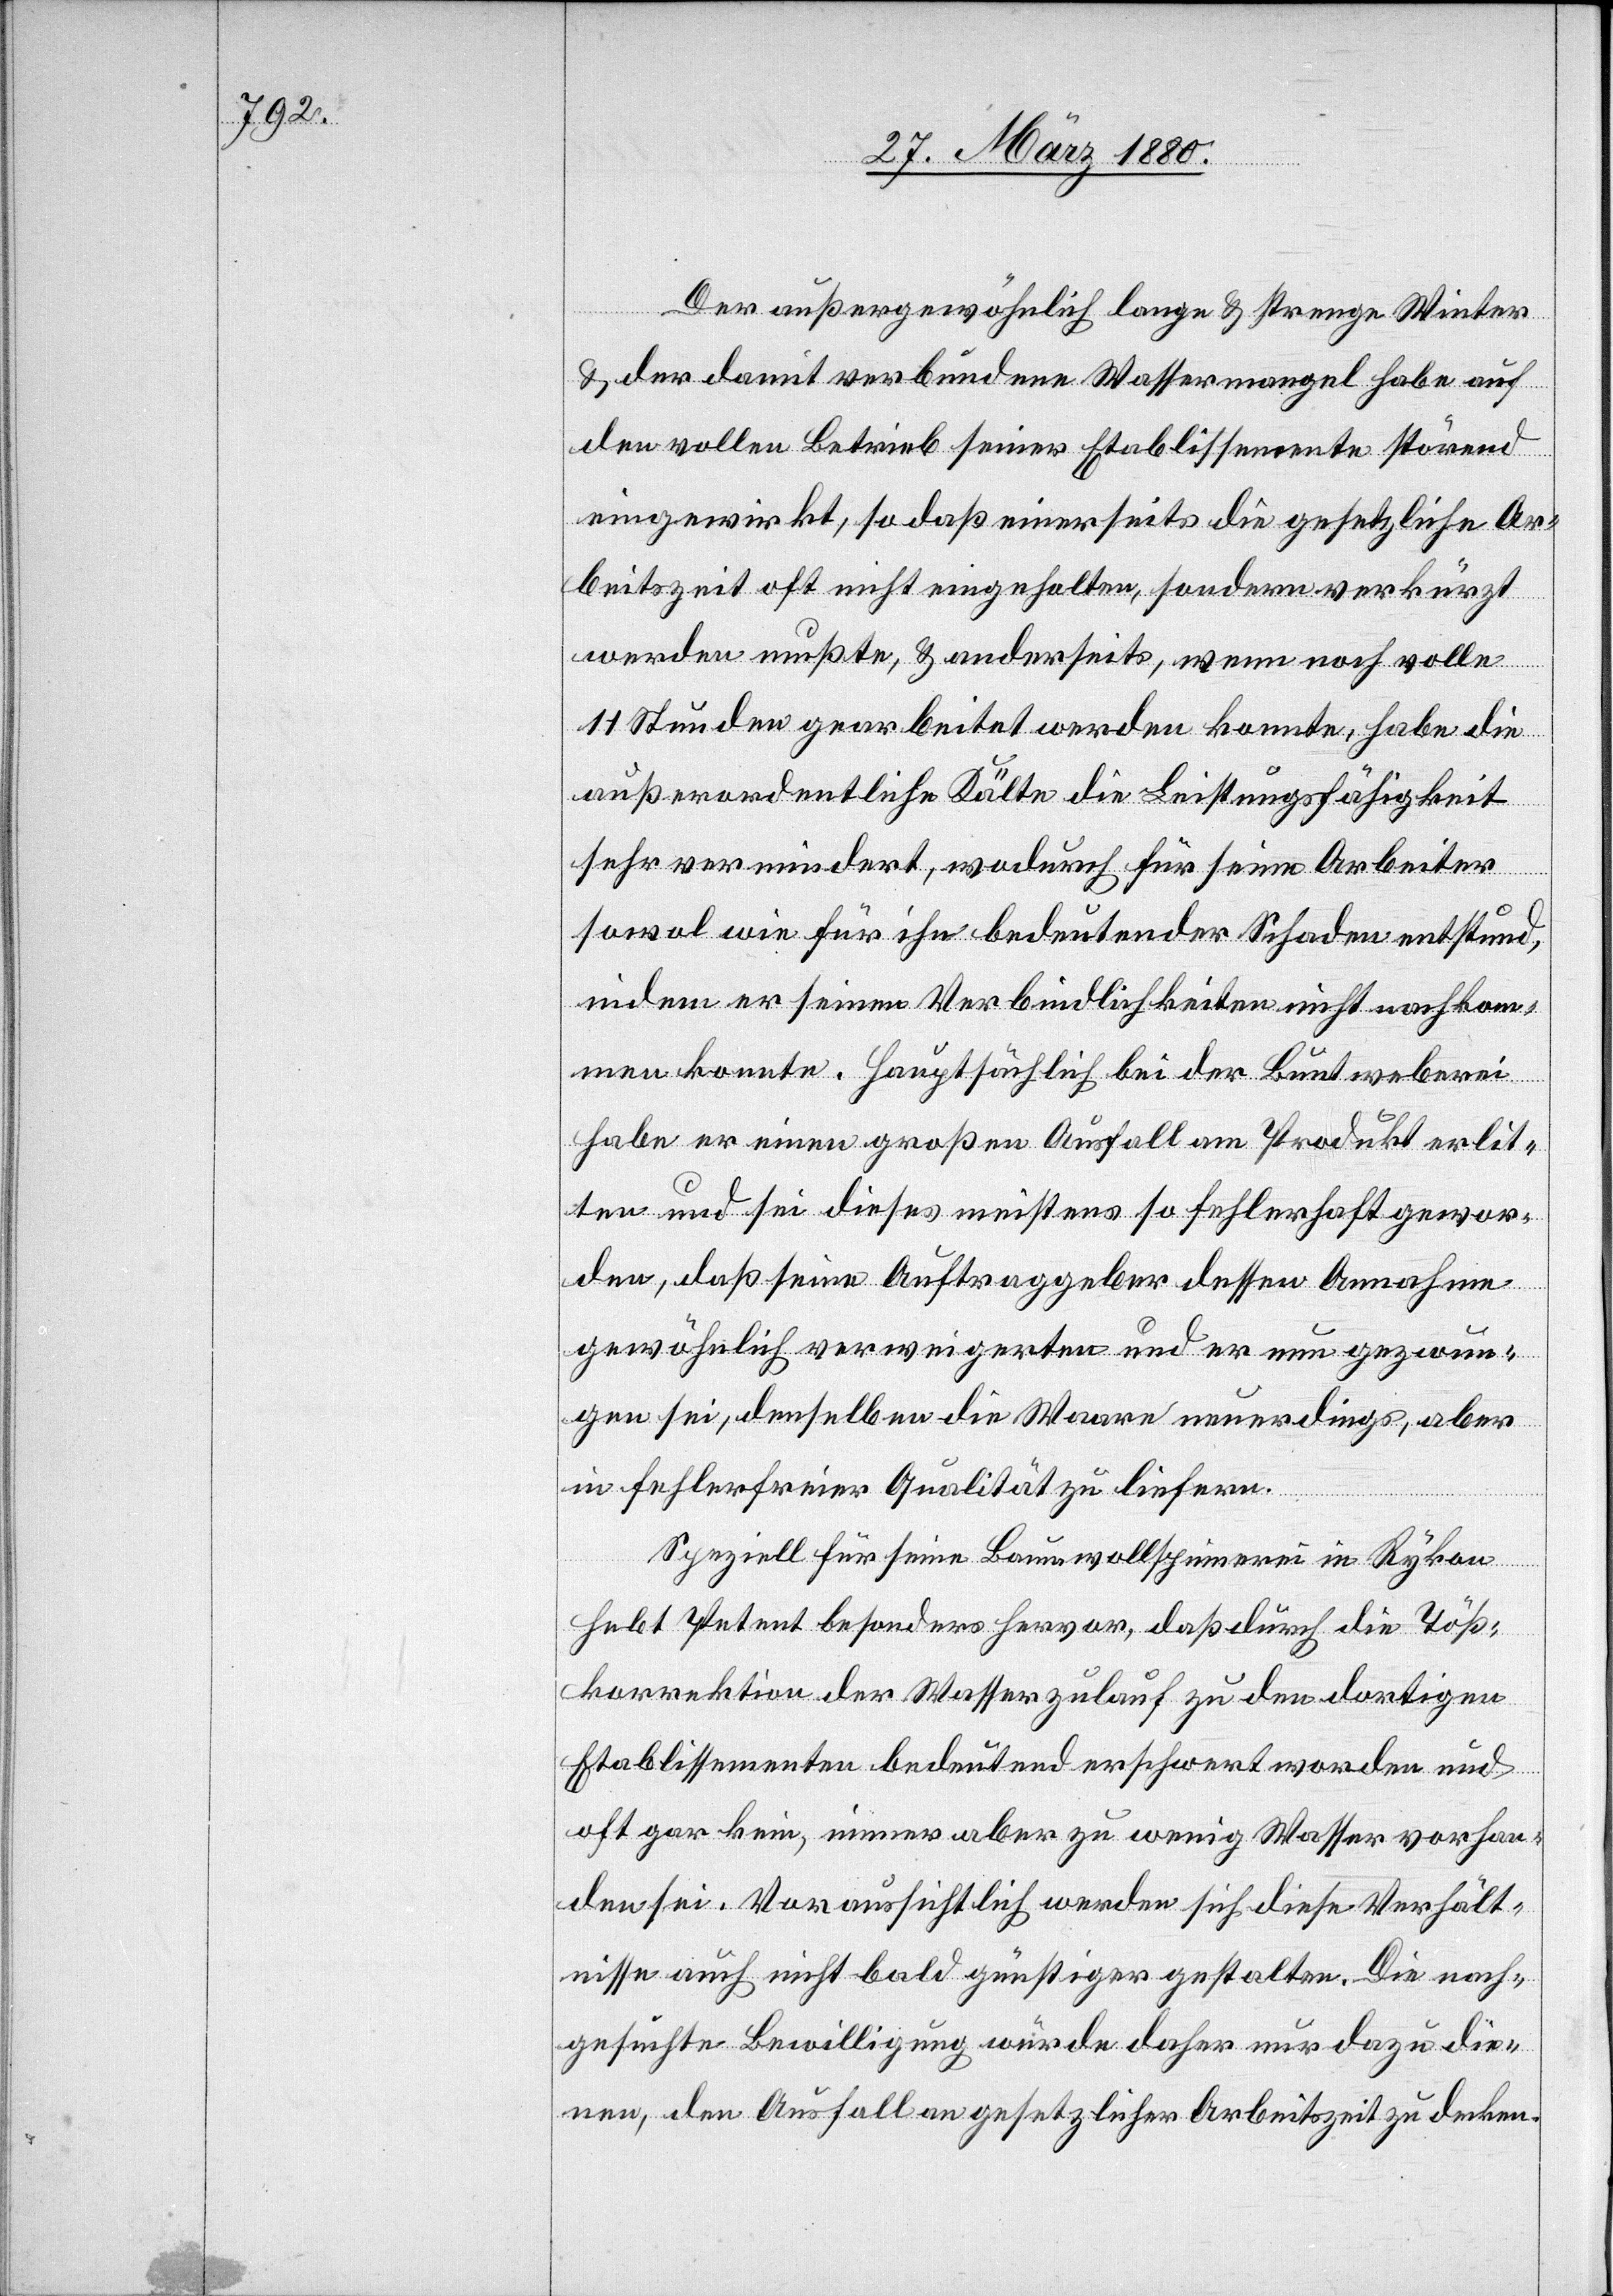
Der außergewöhnlich lange & strenge Weiter
& der damit verbundene Wassermangel habe auf
den vollen Betrieb seiner Etablissemente störend
eingewirkt, so daß einerseits die gesetzliche Ar¬
beitszeit oft nicht eingehalten, sondern verkürzt
werden mußte, & anderseits, wenn noch volle
11 Stunden gearbeitet werden konnte, habe die
außerordentliche Kälte die Leistungsfähigkeit
sehr vermindert, wodurch für seine Arbeiter
sowol wie für ihn bedeutender Schaden entstund,
indem er seinen Verbindlichkeiten nicht nachkom¬
men konnte. Hauptsächlich bei der Buntweberei
habe er einen großen Ausfall am Produkt erlit¬
ten und sei dieses meistens so fehlerhaft gewor¬
den, daß seine Auftraggeber dessen Annahme
gewöhnlich verweigerten und er nun gezwun¬
gen sei, denselben die Waare neuerdings, aber
in fehlerfreier Qualität zu liefern.
Speziell für seine Baumwollspinnerei in Rykon
hebt Petent besonders hervor, daß durch die Töß¬
korrektion der Wasserzulauf zu den dortigen
Etablissementen bedeutend erschwert worden und
oft gar kein, immer aber zu wenig Wasser vorhan¬
den sei. Voraussichtlich werden sich diese Verhält¬
nisse auch nicht bald günstiger gestalten. Die nach¬
gesuchte Bewilligung würde daher nur dazu die¬
nen, den Ausfall an gesetzlicher Arbeitszeit zu decken.